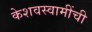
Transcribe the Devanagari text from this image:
केशवस्वामींची